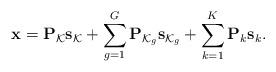
LaTeX: \begin{align*} \mathbf{x}=\mathbf{P}_{\mathcal{K}}\mathbf{s}_{\mathcal{K}}+\sum_{g=1}^{G}\mathbf{P}_{\mathcal{K}_g}\mathbf{s}_{\mathcal{K}_g}+\sum_{k=1}^{K}\mathbf{P}_{k}\mathbf{s}_{k}.\end{align*}